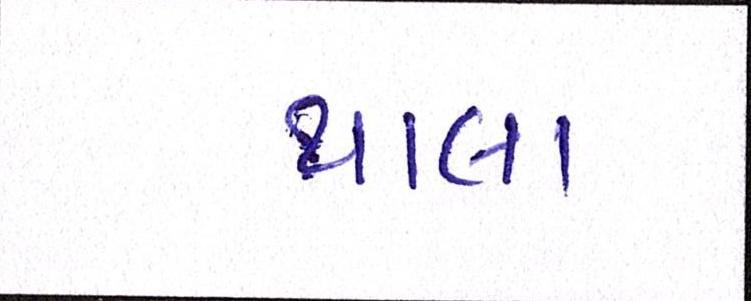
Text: થાલા